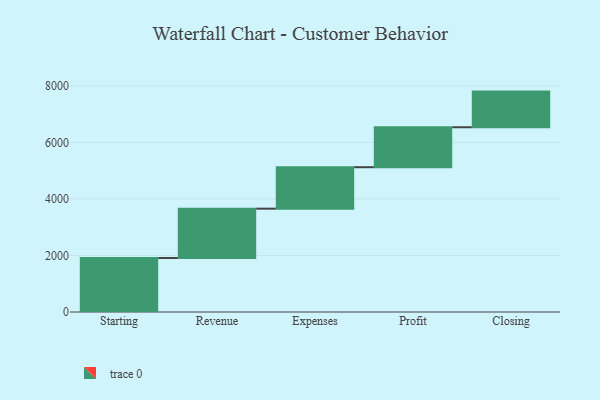
{"axis": {"x": "Step", "y": "Value"}, "legend": [""], "data": [{"x": "Starting", "y": 1909.0, "type": ""}, {"x": "Revenue", "y": 1746.0, "type": ""}, {"x": "Expenses", "y": 1467.0, "type": ""}, {"x": "Profit", "y": 1413.0, "type": ""}, {"x": "Closing", "y": 1261.0, "type": ""}]}